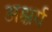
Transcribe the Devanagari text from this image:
अश्चर्य